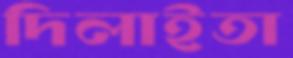
দিলাইতা